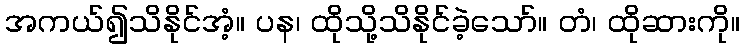
အကယ်၍သိနိုင်အံ့။ ပန၊ ထိုသို့သိနိုင်ခဲ့သော်။ တံ၊ ထိုဆားကို။